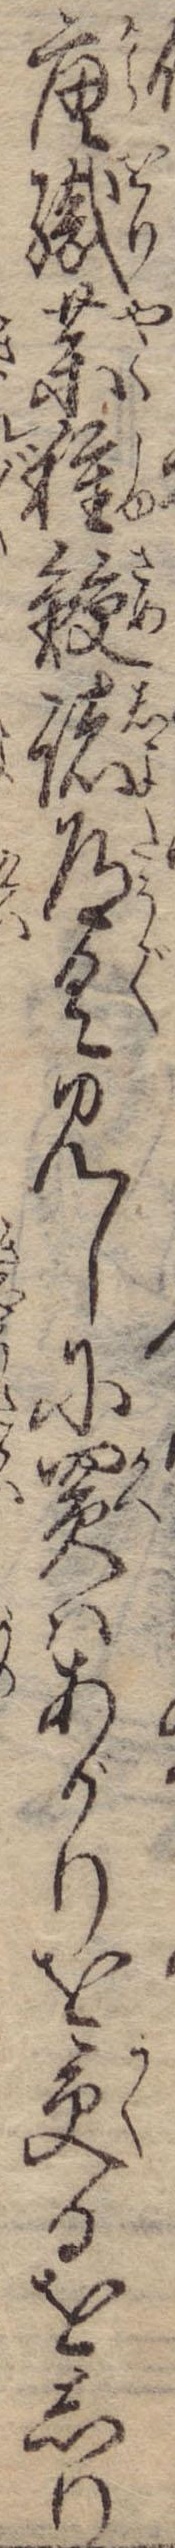
唐織薬種鮫諸道具見しに買はあがりを受るをしり